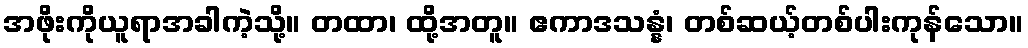
အဖိုးကိုယူရာအခါကဲ့သို့။ တထာ၊ ထို့အတူ။ ဧကာဒသန္နံ၊ တစ်ဆယ့်တစ်ပါးကုန်သော။